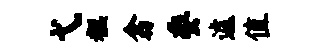
弋糕翕委遽值